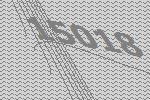
15018